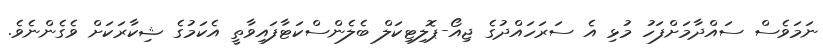
ނަމަވެސް ސައްދާމަށްފަހު މުޅި އެ ސަރަހައްދުގެ ޖިއޯ-ޕޮލިޓިކަލް ބެލެންސްކަޓާފައިވާތީ އެކަމުގެ ޝިކާރަކަށް ވެގެންނެވެ.